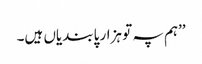
’’ہم پہ تو ہزار پابندیاں ہیں۔